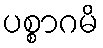
ပစ္စာဂမိ